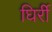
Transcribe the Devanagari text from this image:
घिर्री